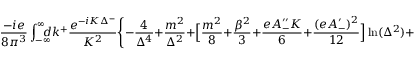
\frac { - i e } { 8 \pi ^ { 3 } } \int _ { - \infty } ^ { \infty } \! \! \! \! \! d k ^ { + } { \frac { e ^ { - i K \Delta ^ { - } } } { K ^ { 2 } } } \Biggl \{ - { \frac { 4 } { \Delta ^ { 4 } } } + { \frac { m ^ { 2 } } { \Delta ^ { 2 } } } + \Bigl [ { \frac { m ^ { 2 } } { 8 } } + { \frac { \beta ^ { 2 } } { 3 } } + { \frac { e A _ { - } ^ { \prime \prime } K } { 6 } } + { \frac { ( e A _ { - } ^ { \prime } ) ^ { 2 } } { 1 2 } } \Bigr ] \ln ( \Delta ^ { 2 } ) + O ( 1 ) \Biggr \} .